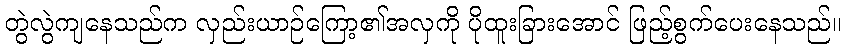
တွဲလွဲကျနေသည်က လှည်းယာဉ်ကြော့၏အလှကို ပိုထူးခြားအောင် ဖြည့်စွက်ပေးနေသည်။